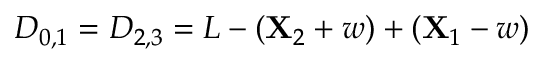
D _ { 0 , 1 } = D _ { 2 , 3 } = L - ( \mathbf { X } _ { 2 } + w ) + ( \mathbf { X } _ { 1 } - w )